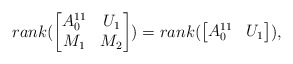
\begin{align*} rank(\begin{bmatrix} A_0^{11} & U_1 \\ M_1 & M_2 \end{bmatrix})= rank(\begin{bmatrix} A_0^{11} & U_1 \end{bmatrix}),\end{align*}